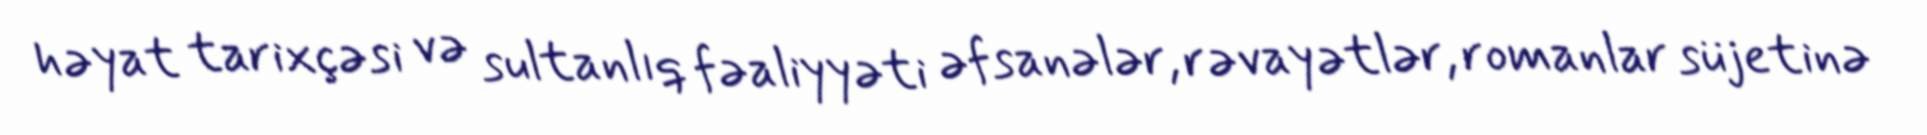
həyat tarixçəsi və sultanlıq fəaliyyəti əfsanələr, rəvayətlər, romanlar süjetinə